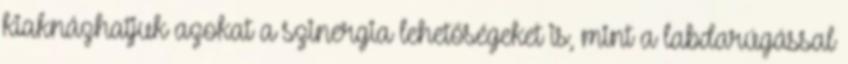
kiaknázhatjuk azokat a szinergia lehetőségeket is, mint a labdarúgással